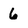
Character: 6